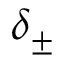
\delta _ { \pm }